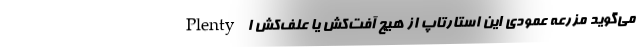
Plenty می‌گوید مزرعه عمودی این استارتاپ از هیچ آفت‌کش یا علف‌کش ا